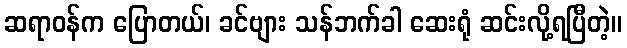
ဆရာဝန်က ပြောတယ်၊ ခင်ဗျား သန်ဘက်ခါ ဆေးရုံ ဆင်းလို့ရပြီတဲ့။